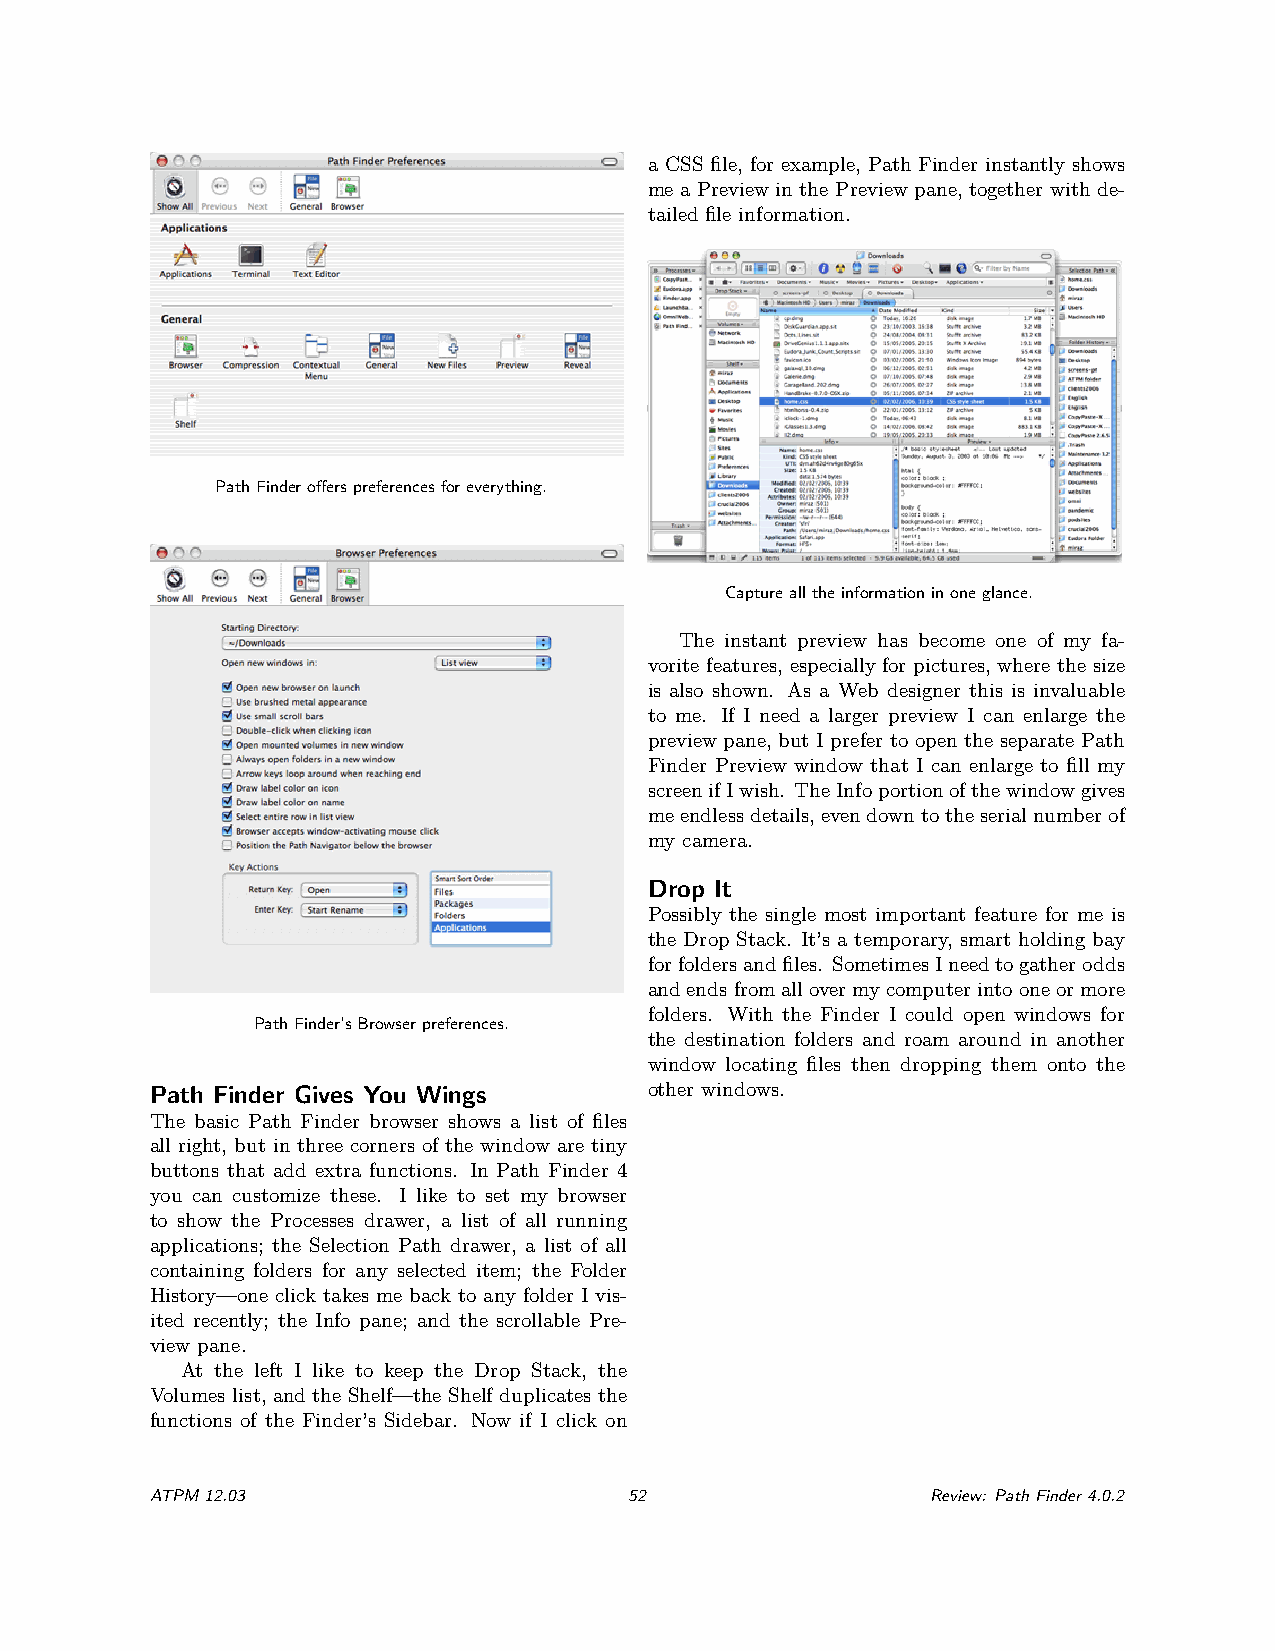
a CSS file, for example, Path Finder instantly shows
 me a Preview in the Preview pane, together with de-
 tailed file information.
 PathFinderofferspreferencesforeverything.
 Capturealltheinformationinoneglance.
 The instant preview has become one of my fa-
 vorite features, especially for pictures, where the size
 is also shown. As a Web designer this is invaluable
 to me. If I need a larger preview I can enlarge the
 preview pane, but I prefer to open the separate Path
 Finder Preview window that I can enlarge to fill my
 screenifIwish. TheInfoportionofthewindowgives
 meendlessdetails,evendowntotheserialnumberof
 my camera.
 Drop It
 Possibly the single most important feature for me is
 the Drop Stack. It’s a temporary, smart holding bay
 forfoldersandfiles. SometimesIneedtogatherodds
 andendsfromallovermycomputerintooneormore
 folders. With the Finder I could open windows for
 PathFinder’sBrowserpreferences.
 the destination folders and roam around in another
 window locating files then dropping them onto the
 Path Finder Gives You Wings      other windows.
 The basic Path Finder browser shows a list of files
 all right, but in three corners of the window are tiny
 buttons that add extra functions. In Path Finder 4
 you can customize these. I like to set my browser
 to show the Processes drawer, a list of all running
 applications; the Selection Path drawer, a list of all
 containing folders for any selected item; the Folder
 History—one click takes me back to any folder I vis-
 ited recently; the Info pane; and the scrollable Pre-
 view pane.
 At the left I like to keep the Drop Stack, the
 Volumes list, and the Shelf—the Shelf duplicates the
 functions of the Finder’s Sidebar. Now if I click on
 ATPM12.03                       52                  Review: PathFinder4.0.2